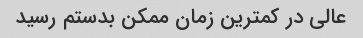
عالی در کمترین زمان ممکن بدستم رسید